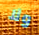
ولا